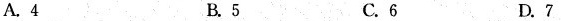
A.4 B.5 C.6 D.7